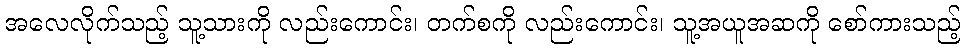
အလေလိုက်သည့် သူ့သားကို လည်းကောင်း၊ တက်စကို လည်းကောင်း၊ သူ့အယူအဆကို စော်ကားသည့်